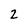
Character: 2